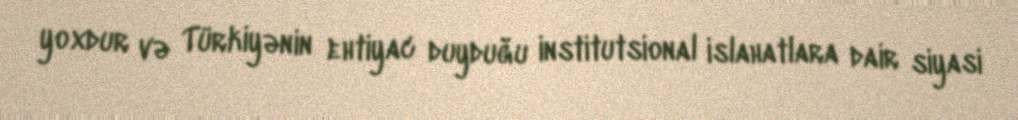
yoxdur və Türkiyənin ehtiyac duyduğu institutsional islahatlara dair siyasi